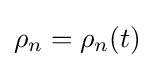
\rho _{n}=\rho _{n}(t)